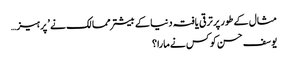
مثال کے طور پر ترقی یافتہ دنیا کے بیشتر ممالک نے ’ پرہیز…
یوسف حسن کو کس نے مارا؟